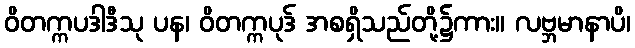
ဝိတက္ကပဒါဒီသု ပန၊ ဝိတက္ကပုဒ် အစရှိသည်တို့၌ကား။ လဗ္ဘမာနာပိ၊